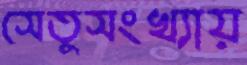
সেতুসংখ্যায়